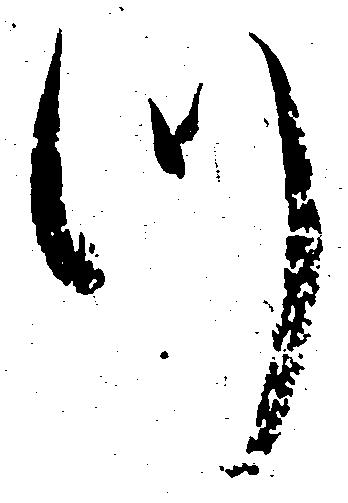
つ